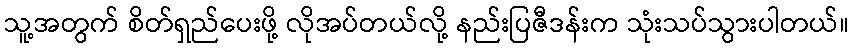
သူ့အတွက် စိတ်ရှည်ပေးဖို့ လိုအပ်တယ်လို့ နည်းပြဇီဒန်းက သုံးသပ်သွားပါတယ်။